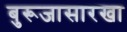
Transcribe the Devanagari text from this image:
बुरूजासारखा